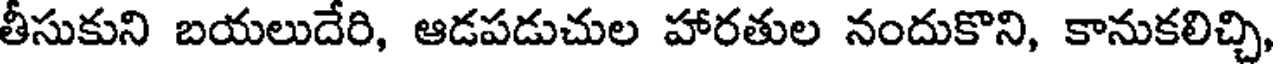
తీసుకుని బయలుదేరి, ఆడపడుచుల హారతుల నందుకొని, కానుకలిచ్చి